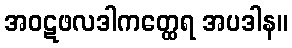
အဝဋဖလဒါကတ္ထေရ အပဒါန။